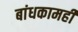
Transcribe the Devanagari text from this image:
बांधकामही